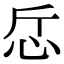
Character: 𢗹